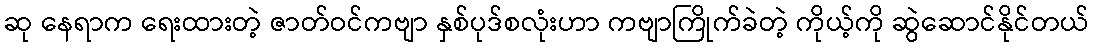
ဆု နေရာက ရေးထားတဲ့ ဇာတ်ဝင်ကဗျာ နှစ်ပုဒ်စလုံးဟာ ကဗျာကြိုက်ခဲတဲ့ ကိုယ့်ကို ဆွဲဆောင်နိုင်တယ်